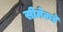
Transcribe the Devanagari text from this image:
सीमेकडे